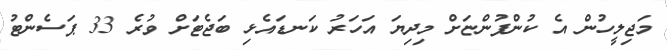
މަޖިލީހުން އެ ކުންފުންޏަށް މިދިޔަ އަހަރު ކަނޑައެޅި ބަޖެޓަށް ވުރެ 33 ޕަސެންޓު